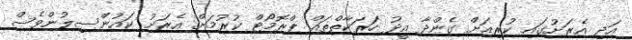
އަދި އެރަށުގައި ކުރިއަށް ގެންދާ އީދު ހަރަކާތްތައް ޕްރޮމޯޓް ކުރުމަށް އެރަށު ކައުންސިލުންވެސް